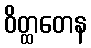
ဝိတ္ထတေန